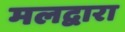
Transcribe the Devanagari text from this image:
मलद्वारा